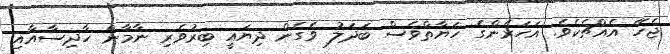
ޖެހޭ އެއްޗެކެވެ. އަހަރެންގެ ހަޔާތްވެސް ބަދަލު ވެގެން ދިޔައީ ބިރުވެރި ނާމާން ހާދިސާއާއި